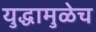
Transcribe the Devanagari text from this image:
युद्धामुळेच